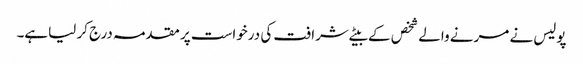
پولیس نے مرنے والے شخص کے بیٹے شرافت کی درخواست پر مقدمہ درج کر لیاہے۔